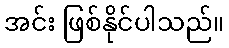
အင်း ဖြစ်နိုင်ပါသည်။